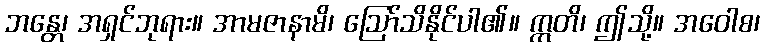
ဘန္တေ၊ အရှင်ဘုရား။ အာမဇာနာမိ၊ ဩော်သိနိုင်ပါ၏။ ဣတိ၊ ဤသို့။ အဝေါစ၊